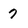
Character: 7